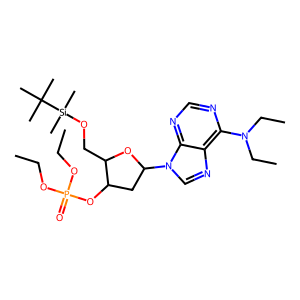
SMILES: CCOP(=O)(OCC)OC1CC(n2cnc3c(N(CC)CC)ncnc32)OC1CO[Si](C)(C)C(C)(C)C
Inhibits HIV replication: No